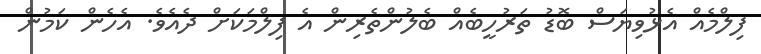
ފިލްމެއް އެޅުވިޔަސް ބޮޑު ތަރުހީބެއް ބެލުންތެރިން އެ ފިލްމަކަށް ދެއެވެ. އެހެން ކަމުން